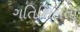
ગતિશિલતા